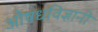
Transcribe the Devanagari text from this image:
औषधविज्ञानी